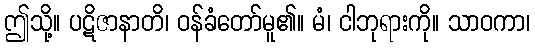
ဤသို့။ ပဋိဇာနာတိ၊ ဝန်ခံတော်မူ၏။ မံ၊ ငါဘုရားကို။ သာဝကာ၊